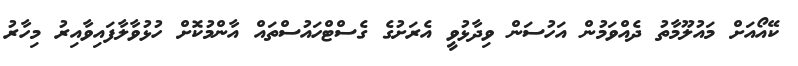
ކޭއޯއަށް މައުލޫމާތު ދެއްވަމުން އަހުސަން ވިދާޅުވީ އެރަށުގެ ގެސްޓްހައުސްތައް އާންމުކޮށް ހުޅުވާލާފައިވާއިރު މިހާރު